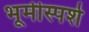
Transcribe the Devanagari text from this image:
भूमीस्पर्श